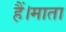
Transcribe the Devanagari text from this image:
हैं।माता